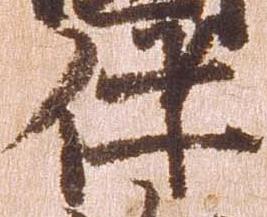
伊